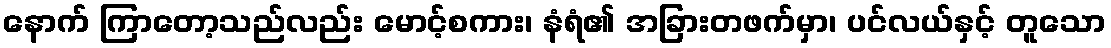
နောက် ကြာတော့သည်လည်း မောင့်စကား၊ နံရံ၏ အခြားတဖက်မှာ၊ ပင်လယ်နှင့် တူသော